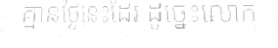
គ្មានថ្ងៃនេះដែរ ដូច្នេះលោក